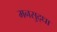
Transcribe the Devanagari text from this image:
मनसुद्धा